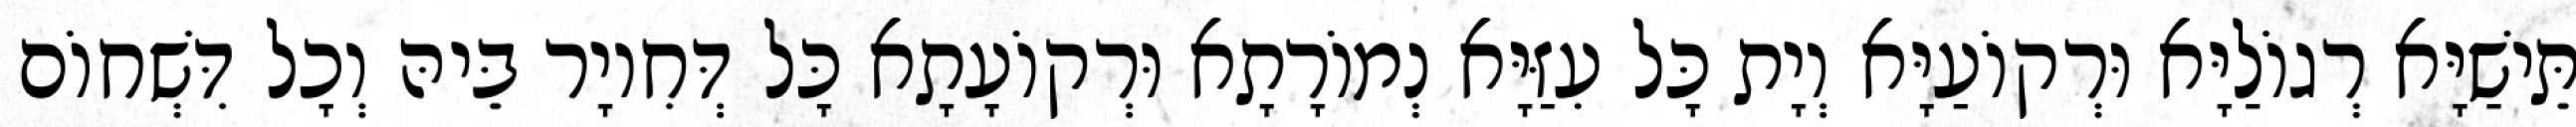
תֵּישַׁיָּא רְגוֹלַיָּא וּרְקוֹעַיָּא וְיָת כָּל עִזַּיָּא נְמוֹרָתָא וּרְקוֹעָתָא כָּל דְּחִיוָר בֵּיהּ וְכָל דִּשְׁחוֹם